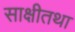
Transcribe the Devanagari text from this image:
साक्षीतथा